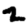
Digit: 2